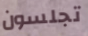
تجلسون